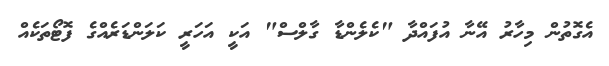
އެގޮތުން މިހާރު އޭނާ އުފައްދާ "ކެލެންޑާ ގާލްސް" އަކީ އަހަރީ ކަލަންޑަރެއްގެ ފޮޓޯތަކެއް